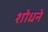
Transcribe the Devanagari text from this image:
शोधने